Bombay plague: being a history of the progress of plague in the Bombay presidency from September 1896 to June 1899
Year: 1896
Disease focus: Plague
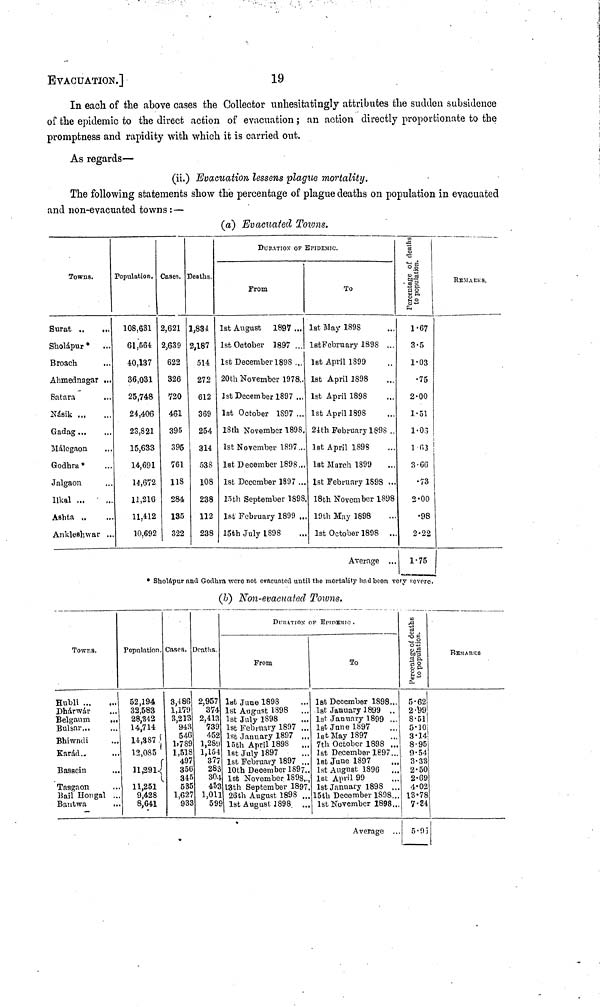
19
EVACUATION.]
In each of the above cases the Collector unhesitatingly attributes the sudden subsidence
of the epidemic to the direct action of evacuation ; an action directly proportionate to the
promptness and rapidity with which it is carried out.
As regards—
(ii.) Evacuation lessens plague mortality.
The following statements show thé percentage of plague deaths on population in evacuated
and non-evacuated towns : —
Towns.
Surat ..
...
Sholápur* ...
Broach
Ahmednagar ...
Satara
Násik
Gadag
Málegaon
Godhra*
Jalgaon
Ilkal
Aahta ..
Ankleßhwar ..
Population.
108,631
61,564
40,137
36,031
25,748
24,406
23,821
15,633
14,691
14,672
11,216
11,412
10.692
Cases.
2,621
2 ; 639
622
326
720
461
395
395
761
118
284
135
322
Deaths.
1,834
2,187
514
272
612
369
254
314
538
108
238
112
238
(a) Evacuated Towns.
DunATTox OF EPIDEMIC.
From
1st August
1897 ...
1st October 1897 ...
1st December 1898 ...
20th November 1978 ...
1st December 1897 ..,
1st October 1897 ...
18th November 1898.
1st November 1897..
1st December 1898..
1st December 1897 ..
15th September 1898
1st February 1899 ..
15th July 1898 ...
To
1st May 1898
1st February 1898 ...
1st April 1899
1st April 1898
1st April 1898
1st April 1898
24th February 1898 ..
1st April 189S
1st March 1899
1st February 1898 ...
18th November 1898
19th May 1898
1st October 1898 ..
Average ...
1-67
3.5
1.03
75
2.00
1.51
1.06
1.63
3.66
73
2.00
98
2.22
1.75
REMAEKS.
* Sholnpur and Goclhra were not evacuated until the mortality had been very severe.
(b) Non-evacuated Towns.
Towns.
Hubli
Dharwár ...
Belgaum
...
Bulsar
Bhiwndi ...
Karad ...
Bassein ...
Tasgaon ...
Bail Hongal...
Bantwa ...
Population.
52,194
32,583
28,342
14,714
14,387
12,085
11,291
11,251
9,428
8,641
Cases.
3,486
1,179
3,213
943
546
1,789
1,518
497
356
345
535
1,627
932
Deaths.
2,957
374
2,413
739
452
1,289
1,154
377
283
30.
453
1,01
59
DURATION· of
From
lst June 1898 ...
1st August 1898
...
1st July 1898 ...
1st February 1897 ...
1st January 1897 ...
15th April 1898 ...
1st July 1897...
1st February 1897 ...
10th December 1897...
1st November 1898...
13th September 1897..
26th August 1898 ...
1st August 1898 ...
EPIDEMIC .
To
1st December 1898...
1st January 1899 ..
1st January 1899 ...
1st June 1897
1s t May 1897
7th October 1898 ...
1st December 1697...
1st June 1897
1st August 1896
...
1st April 99
1st January 1898 ..
15th December 1898..
1st November 1898..
Average . .
Percentage of deaths
of population.
5-62
2.9
8.51
5.10
3.14
8.95
9.54
3.33
2.50
2.69
4.02
13·78
7.84
5-95
REMARKS